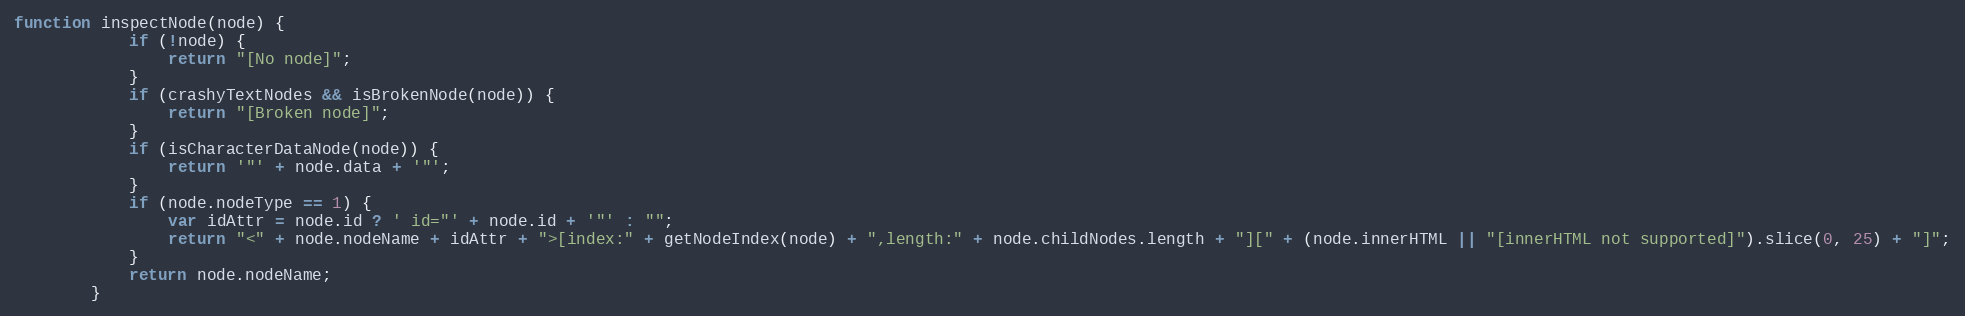
Language: JavaScript
function inspectNode(node) {
            if (!node) {
                return "[No node]";
            }
            if (crashyTextNodes && isBrokenNode(node)) {
                return "[Broken node]";
            }
            if (isCharacterDataNode(node)) {
                return '"' + node.data + '"';
            }
            if (node.nodeType == 1) {
                var idAttr = node.id ? ' id="' + node.id + '"' : "";
                return "<" + node.nodeName + idAttr + ">[index:" + getNodeIndex(node) + ",length:" + node.childNodes.length + "][" + (node.innerHTML || "[innerHTML not supported]").slice(0, 25) + "]";
            }
            return node.nodeName;
        }